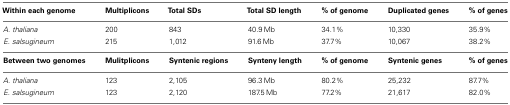
| Within each genome | Multiplicons | Total SDs | Total SD length | % of genome | Duplicated genes | % of genes |
 | --- | --- | --- | --- | --- | --- | --- |
 | A. thaliana | 200 | 843 | 40.9 Mb | 34.1% | 10,330 | 35.9% |
 | E. salsugineum | 215 | 1,012 | 91.6 Mb | 37.7% | 10,067 | 38.2% |
 | Between two genomes | Mulitplicons | Syntenic regions | Synteny length | % of genome | Syntenic genes | % of genes |
 | A. thaliana | 123 | 2,105 | 96.3 Mb | 80.2% | 25,232 | 87.7% |
 | E. salsugineum | 123 | 2,120 | 187.5 Mb | 77.2% | 21,617 | 82.0% |